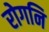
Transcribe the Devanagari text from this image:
रोगनि